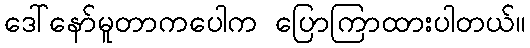
ဒေါ်နော်မူတာကပေါက ပြောကြာထားပါတယ်။